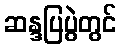
ဆန္ဒပြပွဲတွင်